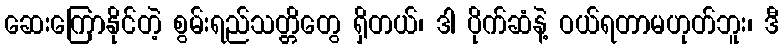
ဆေးကြောနိုင်တဲ့ စွမ်းရည်သတ္တိတွေ ရှိတယ်၊ ဒါ ပိုက်ဆံနဲ့ ဝယ်ရတာမဟုတ်ဘူး၊ ဒီ